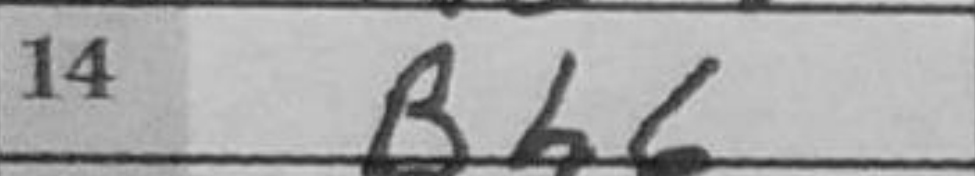
Transcription: Bh6